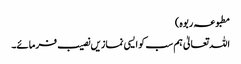
مطبوعہ ربوہ)
اللہ تعالیٰ ہم سب کو ایسی نمازیں نصیب فرمائے۔